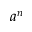
a ^ { n }